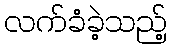
လက်ခံခဲ့သည့်